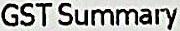
GST SUMMARY